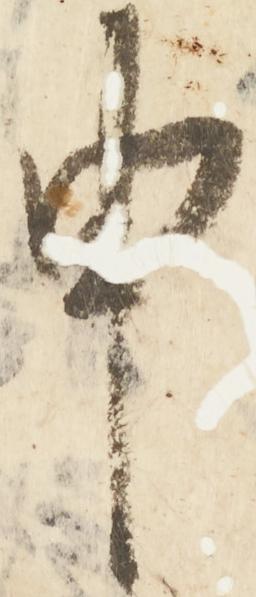
申